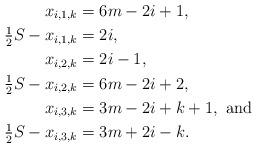
LaTeX: \begin{align*}x_{i,1,k} &= 6m-2i+1, \\\tfrac{1}{2} S -x_{i,1,k} &= 2i, \\x_{i,2,k} &= 2i-1, \\\tfrac{1}{2} S - x_{i,2,k} &= 6m-2i+2, \\x_{i,3,k} &= 3m-2i+k+1, \mbox{ and } \\\tfrac{1}{2} S - x_{i,3,k} &= 3m+2i-k. \end{align*}